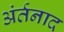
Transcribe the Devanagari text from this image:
अंर्तनाद